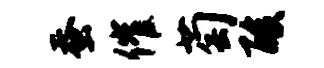
蚕催萄酸